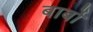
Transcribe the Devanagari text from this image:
बार्बो